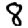
Digit: 8